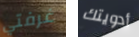
غرفتي أدويتك